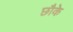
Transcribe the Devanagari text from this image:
छौके